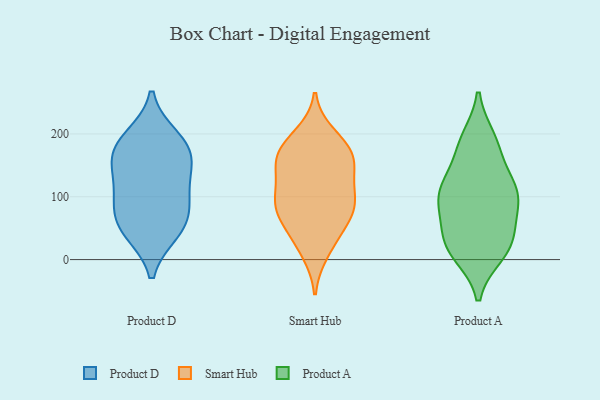
{"axis": {"x": "Budget (USD K)", "y": "Value"}, "legend": ["Product A", "Product D", "Smart Hub"], "data": [{"x": "", "y": 104, "type": "Product D"}, {"x": "", "y": 45, "type": "Product D"}, {"x": "", "y": 50, "type": "Product D"}, {"x": "", "y": 158, "type": "Product D"}, {"x": "", "y": 133, "type": "Product D"}, {"x": "", "y": 171, "type": "Product D"}, {"x": "", "y": 193, "type": "Product D"}, {"x": "", "y": 94, "type": "Product D"}, {"x": "", "y": 63, "type": "Product D"}, {"x": "", "y": 180, "type": "Product D"}, {"x": "", "y": 53, "type": "Smart Hub"}, {"x": "", "y": 165, "type": "Smart Hub"}, {"x": "", "y": 184, "type": "Smart Hub"}, {"x": "", "y": 172, "type": "Smart Hub"}, {"x": "", "y": 89, "type": "Smart Hub"}, {"x": "", "y": 163, "type": "Smart Hub"}, {"x": "", "y": 12, "type": "Smart Hub"}, {"x": "", "y": 84, "type": "Smart Hub"}, {"x": "", "y": 101, "type": "Smart Hub"}, {"x": "", "y": 147, "type": "Smart Hub"}, {"x": "", "y": 72, "type": "Smart Hub"}, {"x": "", "y": 72, "type": "Smart Hub"}, {"x": "", "y": 102, "type": "Smart Hub"}, {"x": "", "y": 125, "type": "Smart Hub"}, {"x": "", "y": 28, "type": "Smart Hub"}, {"x": "", "y": 198, "type": "Smart Hub"}, {"x": "", "y": 153, "type": "Smart Hub"}, {"x": "", "y": 16, "type": "Product A"}, {"x": "", "y": 34, "type": "Product A"}, {"x": "", "y": 99, "type": "Product A"}, {"x": "", "y": 63, "type": "Product A"}, {"x": "", "y": 21, "type": "Product A"}, {"x": "", "y": 111, "type": "Product A"}, {"x": "", "y": 32, "type": "Product A"}, {"x": "", "y": 119, "type": "Product A"}, {"x": "", "y": 101, "type": "Product A"}, {"x": "", "y": 112, "type": "Product A"}, {"x": "", "y": 10, "type": "Product A"}, {"x": "", "y": 92, "type": "Product A"}, {"x": "", "y": 185, "type": "Product A"}, {"x": "", "y": 191, "type": "Product A"}, {"x": "", "y": 172, "type": "Product A"}]}